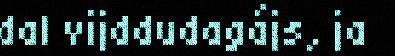
dal vijddudagájs, ja